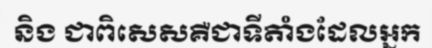
និង ជាពិសេសគឺជាទីតាំងដែលអ្នក